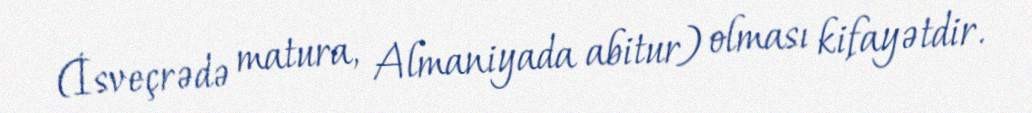
(İsveçrədə matura, Almaniyada abitur) olması kifayətdir.